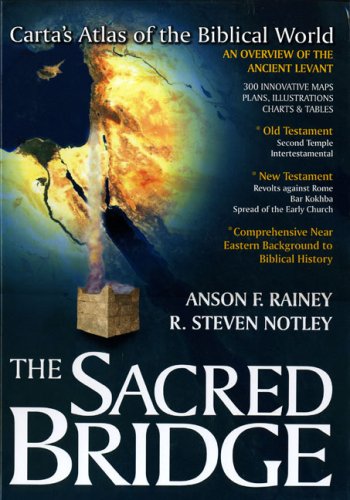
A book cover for The Sacred Bridge: Carta's Atlas of the Biblical World; Anson F Rainey; Christian Books & Bibles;